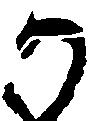
か